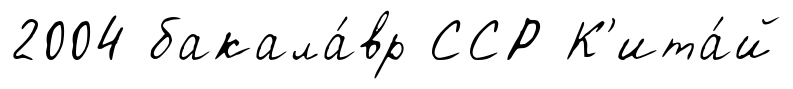
2004 бакала́вр ССР К'ита́й